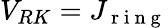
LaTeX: V_{RK}=J_{\mathrm{~r~i~n~g~}}